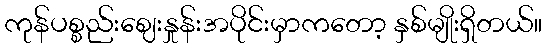
ကုန်ပစ္စည်းဈေးနှုန်းအပိုင်းမှာကတော့ နှစ်မျိုးရှိတယ်။